Indian journal of veterinary science and animal husbandry - Volume 13,
Year: 1943
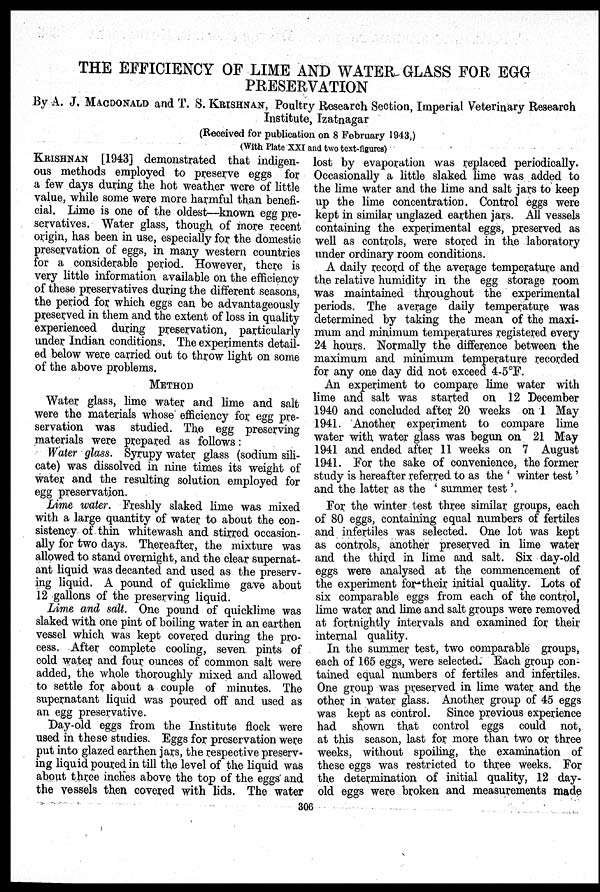
THE EFFICIENCY OF LIME AND WATER GLASS FOR EGG
PRESERVATION
By A. J. MACDONALD and T. S. KRISHNAN, Poultry Research Section, Imperial Veterinary Researoh
Institute, Izatnagar
(Received for publication on 8 February 1943,)
(With Plate XXI and two text figures)
KRISHNAN [1943] demonstrated that indigen-
ous methods employed to preserve eggs for
a few days during the hot weather were of little
value, while some were more harmful than benefi-
cial. Lime is one of the oldest—known egg pre-
servatives. Water glass, though of more recent
origin, has been in use, especially for the domestic
preservation of eggs, in many western countries
for a considerable period. However, there is
very little information available on the efficiency
of these preservatives during the different seasons,
the period for which eggs can be advantageously
preserved in them and the extent of loss in quality
experienced during preservation, particularly
under Indian conditions. The experiments detail-
ed below were carried out to throw light on some
of the above problems.
METHOD
Water glass, lime water and lime and salt
were the materials whose efficiency for egg pre-
servation was studied. The egg preserving
materials were prepared as follows:
Water glass. Syrupy water glass (sodium sili-
cate) was dissolved in nine times its weight of
water and the resulting solution employed for
egg preservation.
Lime water. Freshly slaked lime was mixed
with a large quantity of water to about the con-
sistency of thin whitewash and stirred occasion-
ally for two days. Thereafter, the mixture was
allowed to stand overnight, and the clear supernat-
ant liquid was decanted and used as the preserv-
ing liquid. A pound of quicklime gave about
12 gallons of the preserving liquid.
Lime and salt. One pound of quicklime was
slaked with one pint of boiling water in an earthen
vessel which was kept covered during the pro-
cess. After complete cooling, seven pints of
cold water and four ounces of common salt were
added, the whole thoroughly mixed and allowed
to settle for about a couple of minutes. The
supernatant liquid was poured off and used as
an egg preservative.
Day-old eggs from the Institute flock were
used in these studies. Eggs for preservation were
put into glazed earthen jars, the respective preserv
ing liquid poured in till the level of the liquid was
about three inches above the top of the eggs and
the vessels then covered with lids. The water
lost by evaporation was replaced periodically.
Occasionally a little slaked lime was added to
the lime water and the lime and salt jars to keep
up the lime concentration. Control eggs were
kept in similar unglazed earthen jars. All vessels
containing the experimental eggs, preserved as
well as controls, were stored in the laboratory
under ordinary room conditions.
A daily record of the average temperature and
the relative humidity in the egg storage room
was maintained throughout the experimental
periods. The average daily temperature was
determined by taking the mean of the maxi-
mum and minimum temperatures registered every
24 hours. Normally the difference between the
maximum and minimum temperature recorded
for any one day did not exceed 4-5ºF.
An experiment to compare lime water with
lime and salt was started on 12 December
1940 and concluded after 20 weeks on 1 May
1941. Another experiment to compare lime
water with water glass was begun on 21 May
1941 and ended after 11 weeks on 7 August
1941. For the sake of convenience, the former
study is hereafter referred to as the 'winter test'
and the latter as the 'summer test'.
For the winter test three similar groups, each
of 80 eggs, containing equal numbers of fertiles
and infertiles was selected. One lot was kept
as controls, another preserved in lime water
and the third in lime and salt. Six day-old
eggs were analysed at the commencement of
the experiment for their initial quality. Lots of
six comparable eggs from each of the control,
lime water and lime and salt groups were removed
at fortnightly intervals and examined for their
internal quality.
In the summer test, two comparable groups,
each of 165 eggs, were selected. Each group con-
tained equal numbers of fertiles and infertiles.
One group was preserved in lime water and the
other in water glass. Another group of 45 eggs
was kept as control. Since previous experience
had shown that control eggs could not,
at this season, last for more than two or three
weeks, without spoiling, the examination of
these eggs was restricted to three weeks. For
the determination of initial quality, 12 day-
old eggs were broken and measurements made
306